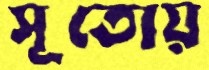
সূতোয়